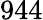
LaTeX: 944